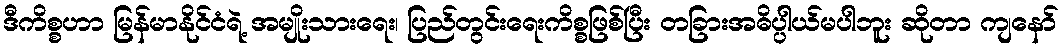
ဒီကိစ္စဟာ မြန်မာနိုင်ငံရဲ့ အမျိုးသားရေး၊ ပြည်တွင်းရေးကိစ္စဖြစ်ပြီး တခြားအဓိပ္ပါယ်မပါဘူး ဆိုတာ ကျနော်